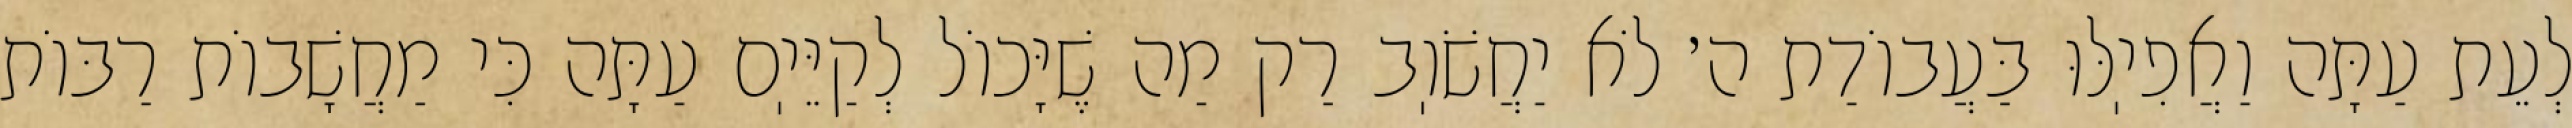
לְעֵת עַתָּה וַאֲפִיֽלּוּ בַּעֲבוֹדַת ה׳ לֹא יַחֲשֹׁוֽב רַק מַה שֶׁיָּכוֹל לְקַיֵּיֽם עַתָּה כִּי מַחֲשָׁבוֹת רַבּוֹת